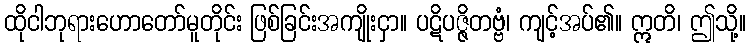
ထိုငါဘုရားဟောတော်မူတိုင်း ဖြစ်ခြင်းအကျိုးငှာ။ ပဋိပဇ္ဇိတဗ္ဗံ၊ ကျင့်အပ်၏။ ဣတိ၊ ဤသို့။